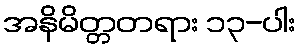
အနိမိတ္တတရား ၁၃-ပါး